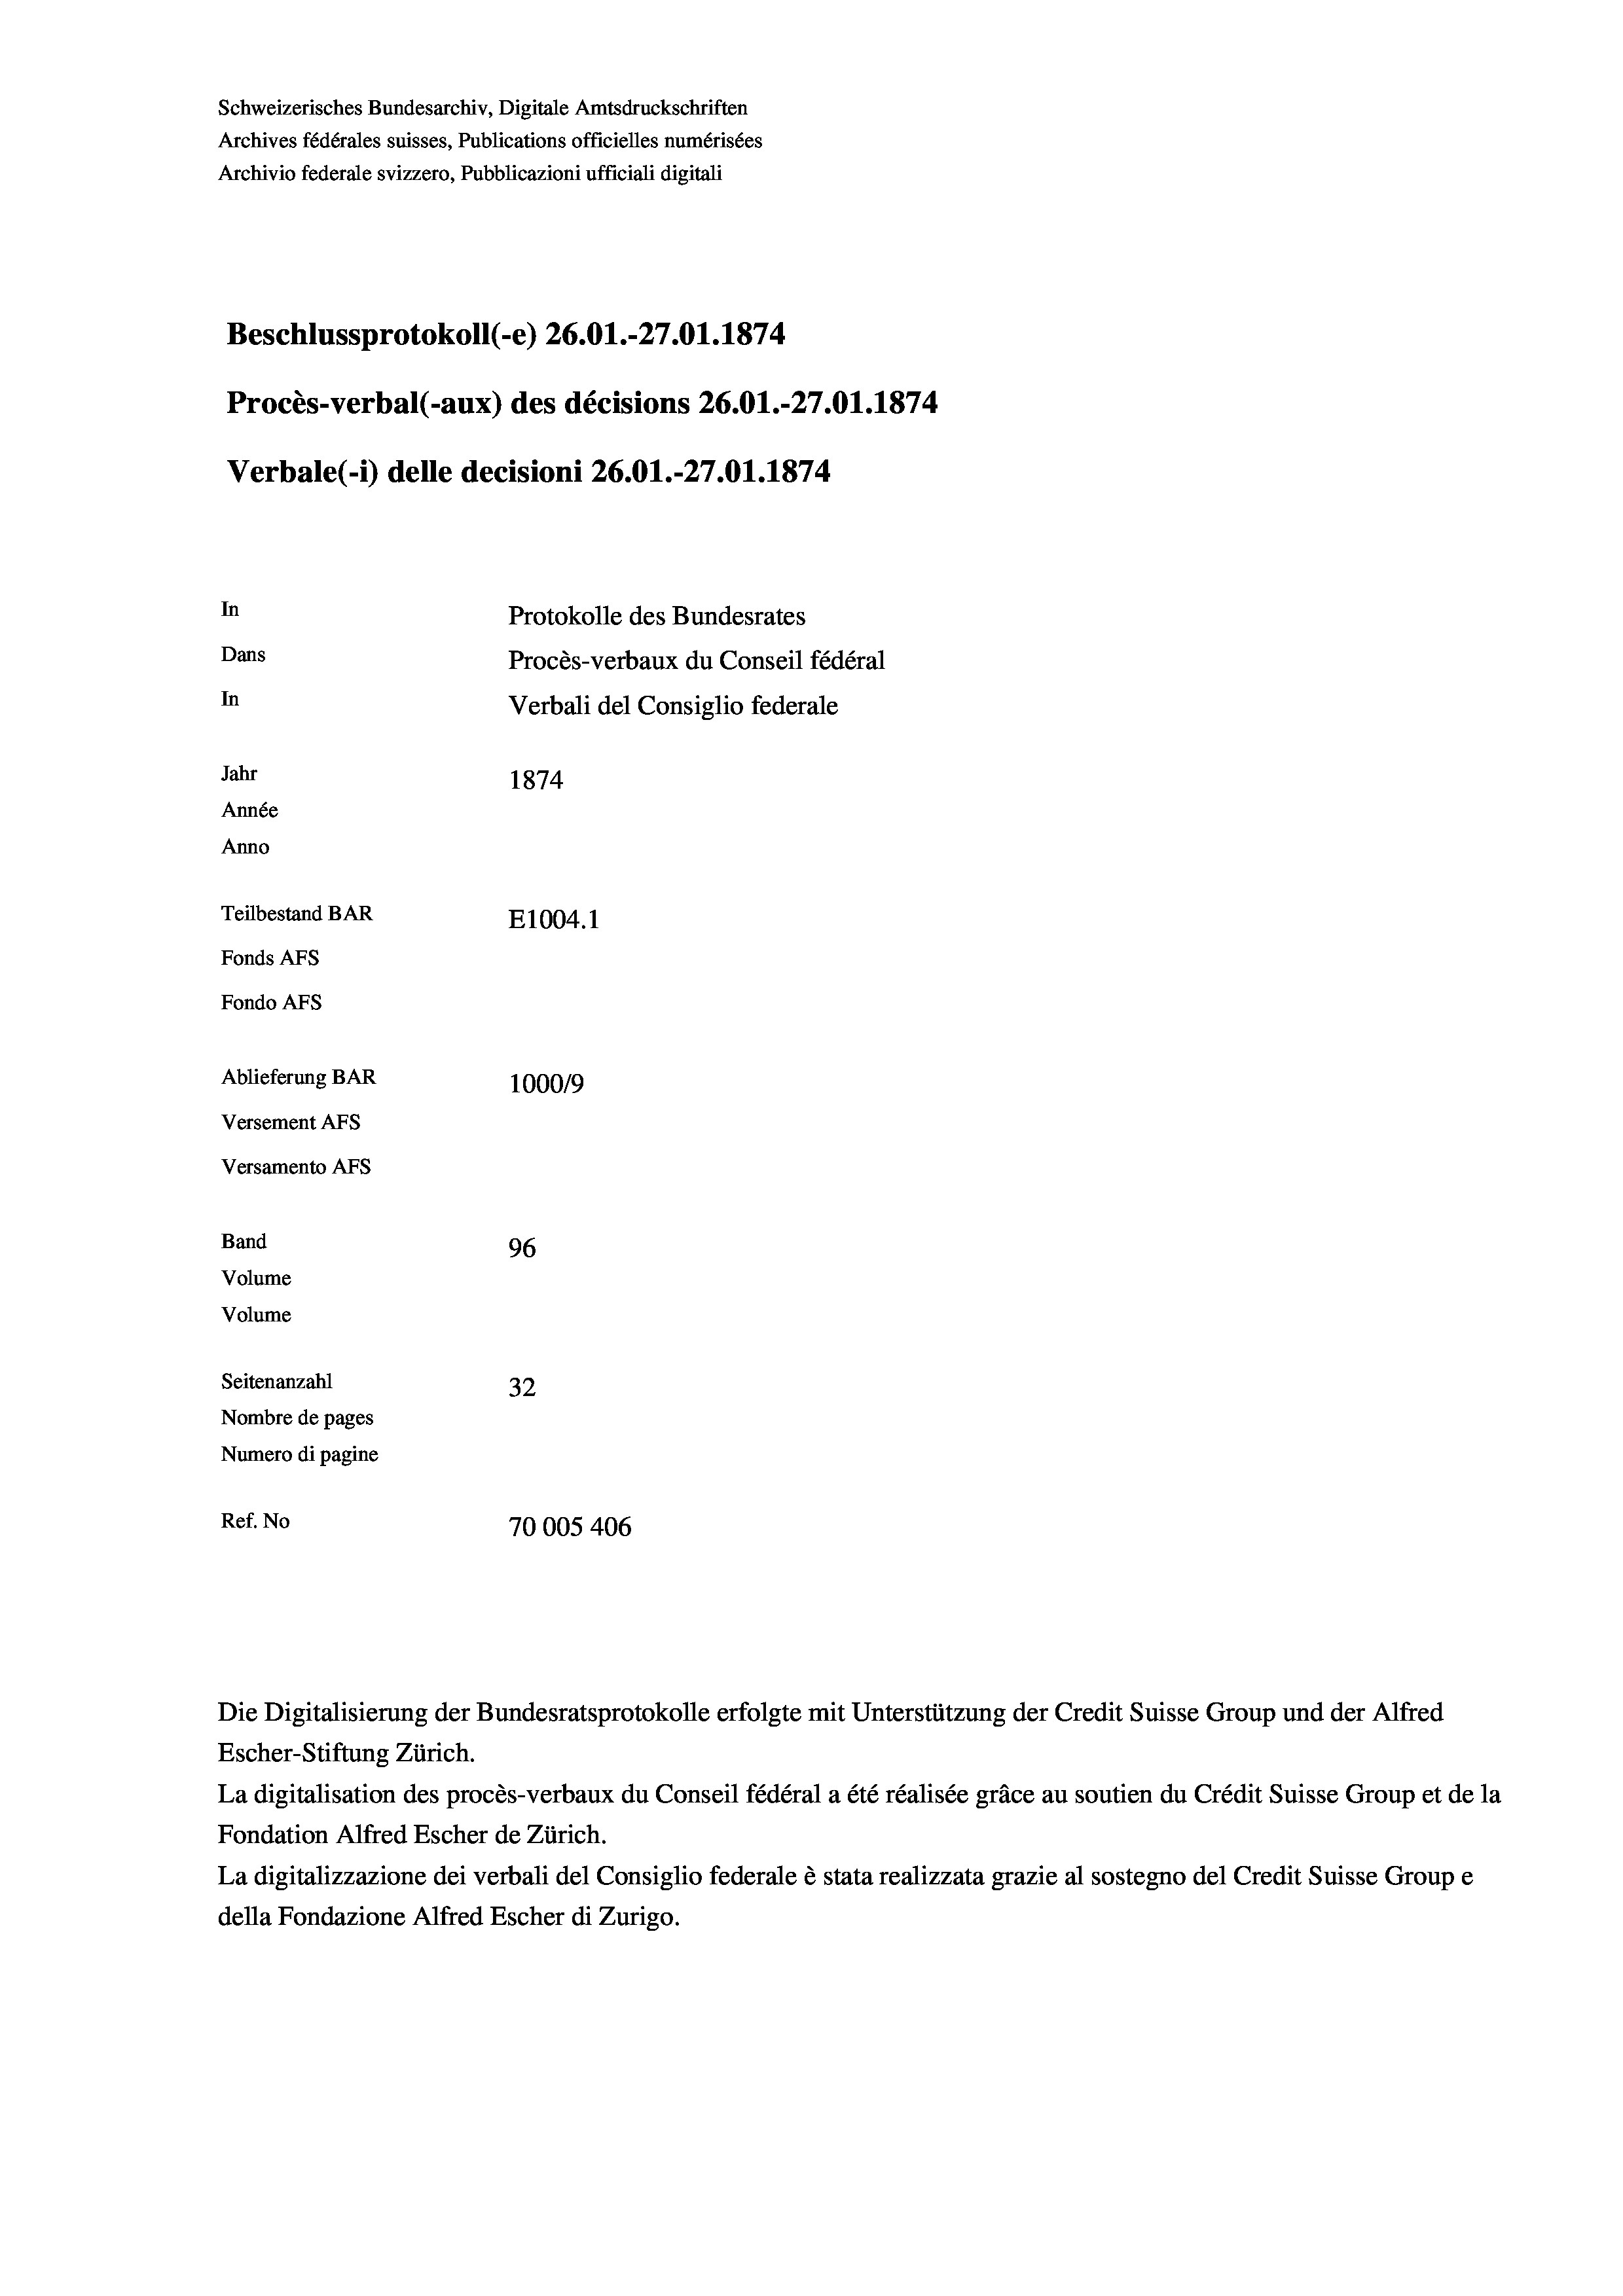
Schweizerisches Bundesarchiv, Digitale Amtsdruckschriften
Archives fédérales suisses, Publications officielles numérisées
Archivio federale svizzero, Pubblicazioni ufficiali digitali
Beschlussprotokoll (-e) 26.01.-27.01. 1874.
Procès-verbal (-aux) des décisions 26.01.-27.01. 1874.
Verbale(-*) delle decisioni 26.01.-27.01. 1874
In
Protokolle des Bundesrates
Dans
Procès-verbaux du Conseil fédéral
In
Verbali del Consiglio federale
Jahr
1874
Année
Anno
Teilbestand BAR
E1004.1
Fonds AFs
Fondo AFS
Ablieferung BAR
100019
Versement AFs
Versamento AFs
Band
96
Volume
Volume
Seitenanzahl
32
Nombre de pages
Numero di pagine
Ref. No
70005 406

Escher-Stiftung Zürich.
La digitalisation des procès-verbaux du Conseil fédéral a été réalisée gräce au soutien du Crédit Suisse Group et de la
Fondation Alfred Escher de Zürich.
La digitalizzazione dei verbali del Consiglio federale è stata realizzata grazie al sostegno del Credit Suisse Groupe
della Fondazione Alfred Escher di Zurigo.

Die Digitalisierung der Bundesratsprotokolle erfolgte mit Unterstützung der Credit Suisse Group und der Alfred